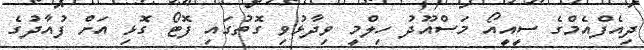
ދިއެފްއެމްގެ ސީއީއޯ މަސްއޫދު ހިލްމީ ވިދާޅުވި ގޮތުގައި ފޮޓޯ ގޮޅި އަށް ފުއާދުގެ